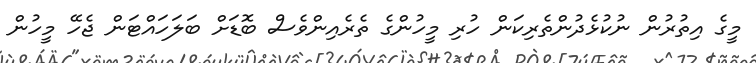
މީގެ އިތުރުން ނުކުޅެދުންތެރިކަން ހުރި މީހުންގެ ތެރެއިންވެސް ބޮޑަށް ބަލަހައްޓަން ޖެހޭ މީހުން